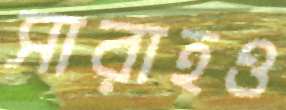
সারাহও